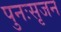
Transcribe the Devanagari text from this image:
पुनःसृजन